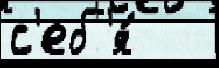
с'еб'я́